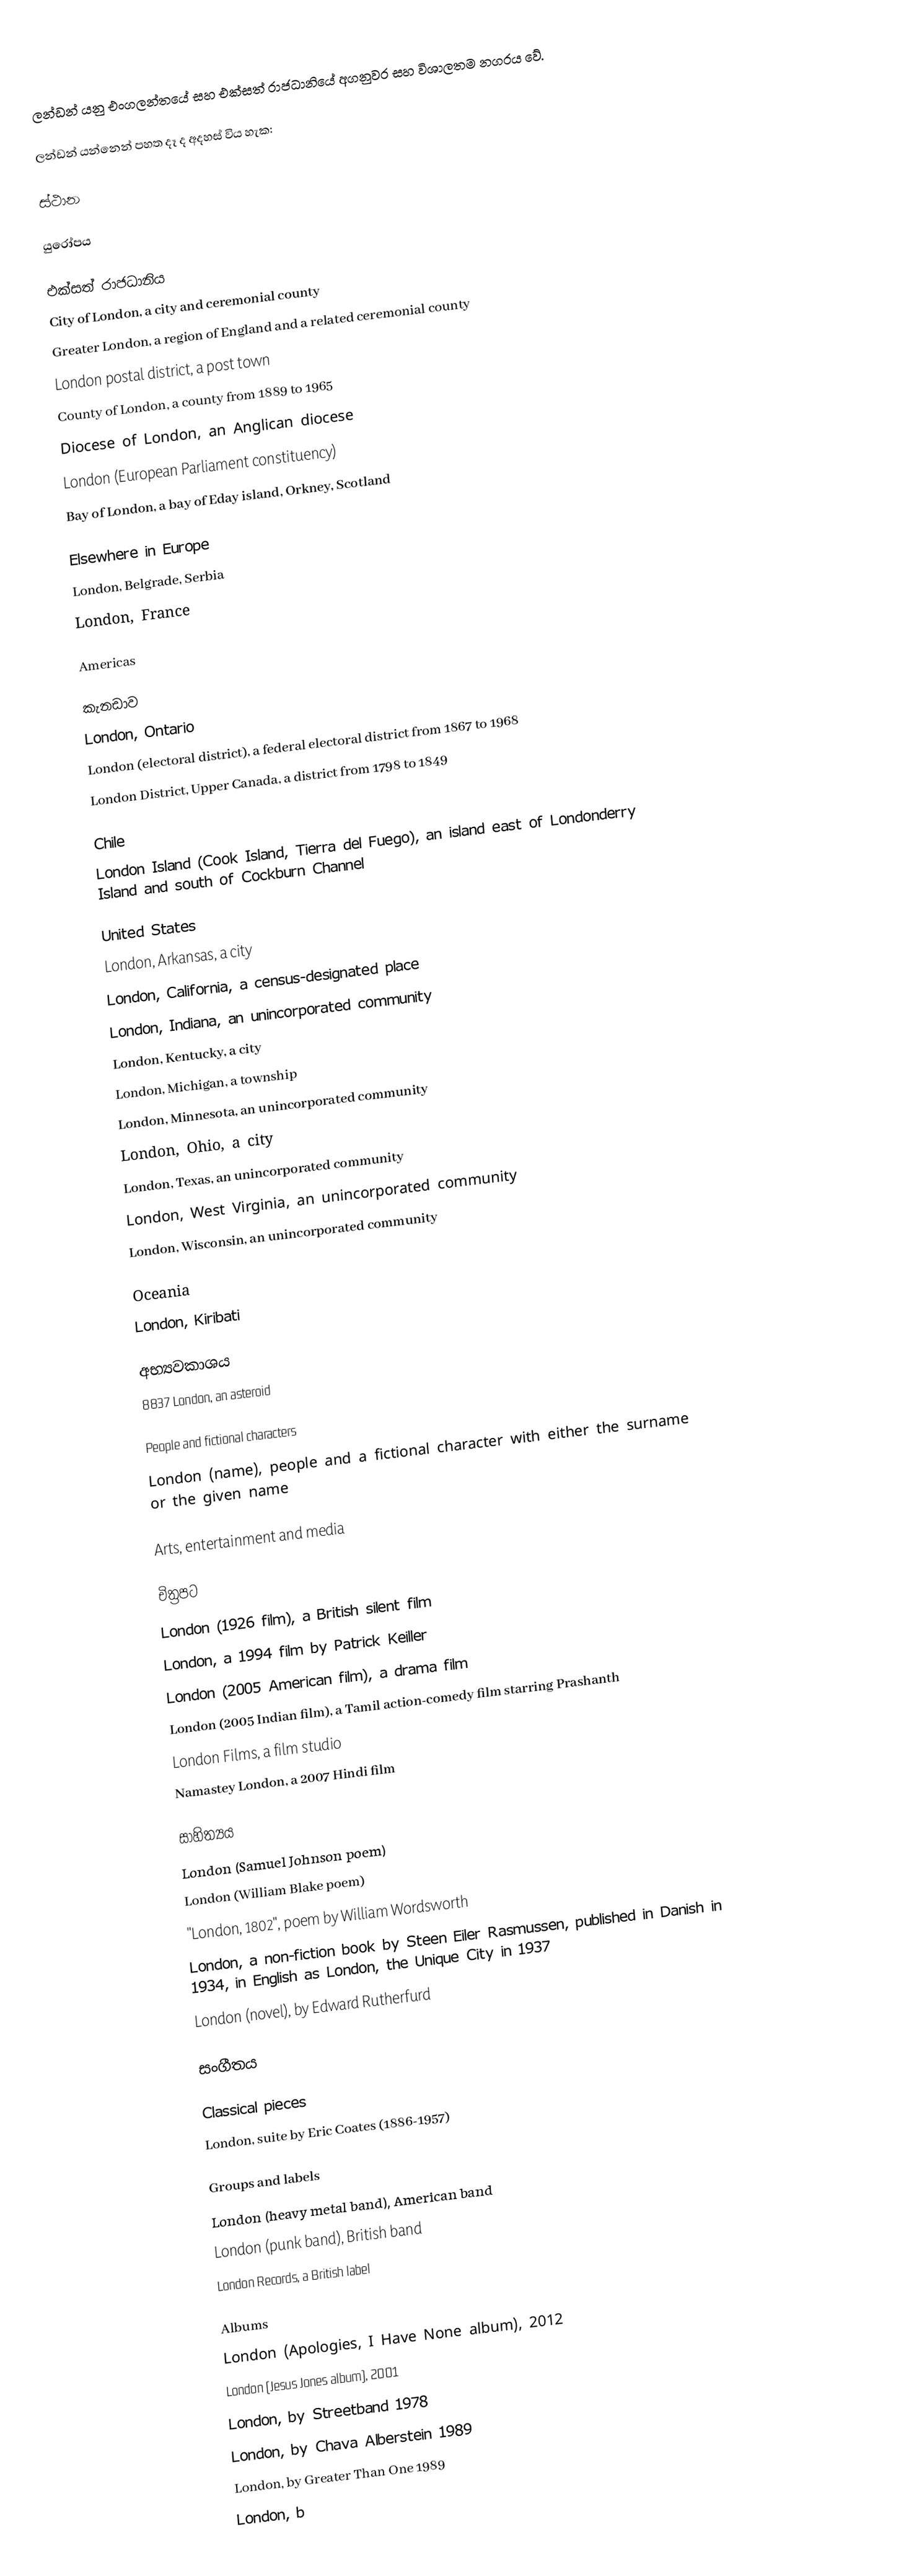
ලන්ඩන් යනු එංගලන්තයේ සහ එක්සත් රාජධානියේ අගනුවර සහ විශාලතම නගරය වේ.

ලන්ඩන් යන්නෙන් පහත දෑ ද අදහස් විය හැක:

ස්ථාන

යුරෝපය

එක්සත් රාජධානිය
 City of London, a city and ceremonial county
 Greater London, a region of England and a related ceremonial county
 London postal district, a post town
 County of London, a county from 1889 to 1965
 Diocese of London, an Anglican diocese
 London (European Parliament constituency)
 Bay of London, a bay of Eday island, Orkney, Scotland

Elsewhere in Europe
 London, Belgrade, Serbia
 London, France

Americas

කැනඩාව
 London, Ontario
 London (electoral district), a federal electoral district from 1867 to 1968
 London District, Upper Canada, a district from 1798 to 1849

Chile
 London Island (Cook Island, Tierra del Fuego), an island east of Londonderry Island and south of Cockburn Channel

United States
 London, Arkansas, a city
 London, California, a census-designated place
 London, Indiana, an unincorporated community
 London, Kentucky, a city
 London, Michigan, a township
 London, Minnesota, an unincorporated community
 London, Ohio, a city
 London, Texas, an unincorporated community
 London, West Virginia, an unincorporated community
 London, Wisconsin, an unincorporated community

Oceania
 London, Kiribati

අභ්‍යවකාශය
 8837 London, an asteroid

People and fictional characters
 London (name), people and a fictional character with either the surname or the given name

Arts, entertainment and media

චිත්‍රපට
 London (1926 film), a British silent film
 London, a 1994 film by Patrick Keiller
 London (2005 American film), a drama film
 London (2005 Indian film), a Tamil action-comedy film starring Prashanth
 London Films, a film studio
 Namastey London, a 2007 Hindi film

සාහිත්‍යය
 London (Samuel Johnson poem)
 London (William Blake poem)
 "London, 1802", poem by William Wordsworth
 London, a non-fiction book by Steen Eiler Rasmussen, published in Danish in 1934, in English as London, the Unique City in 1937
 London (novel), by Edward Rutherfurd

සංගීතය

Classical pieces
London, suite by Eric Coates (1886-1957)

Groups and labels
 London (heavy metal band), American band
 London (punk band), British band
 London Records, a British label

Albums
 London (Apologies, I Have None album), 2012
 London (Jesus Jones album), 2001
London, by Streetband 1978
London, by Chava Alberstein 1989
London, by Greater Than One 1989
London, b